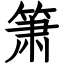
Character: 箫